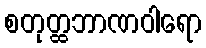
စတုတ္ထဘာဏဝါရော